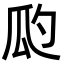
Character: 瓝